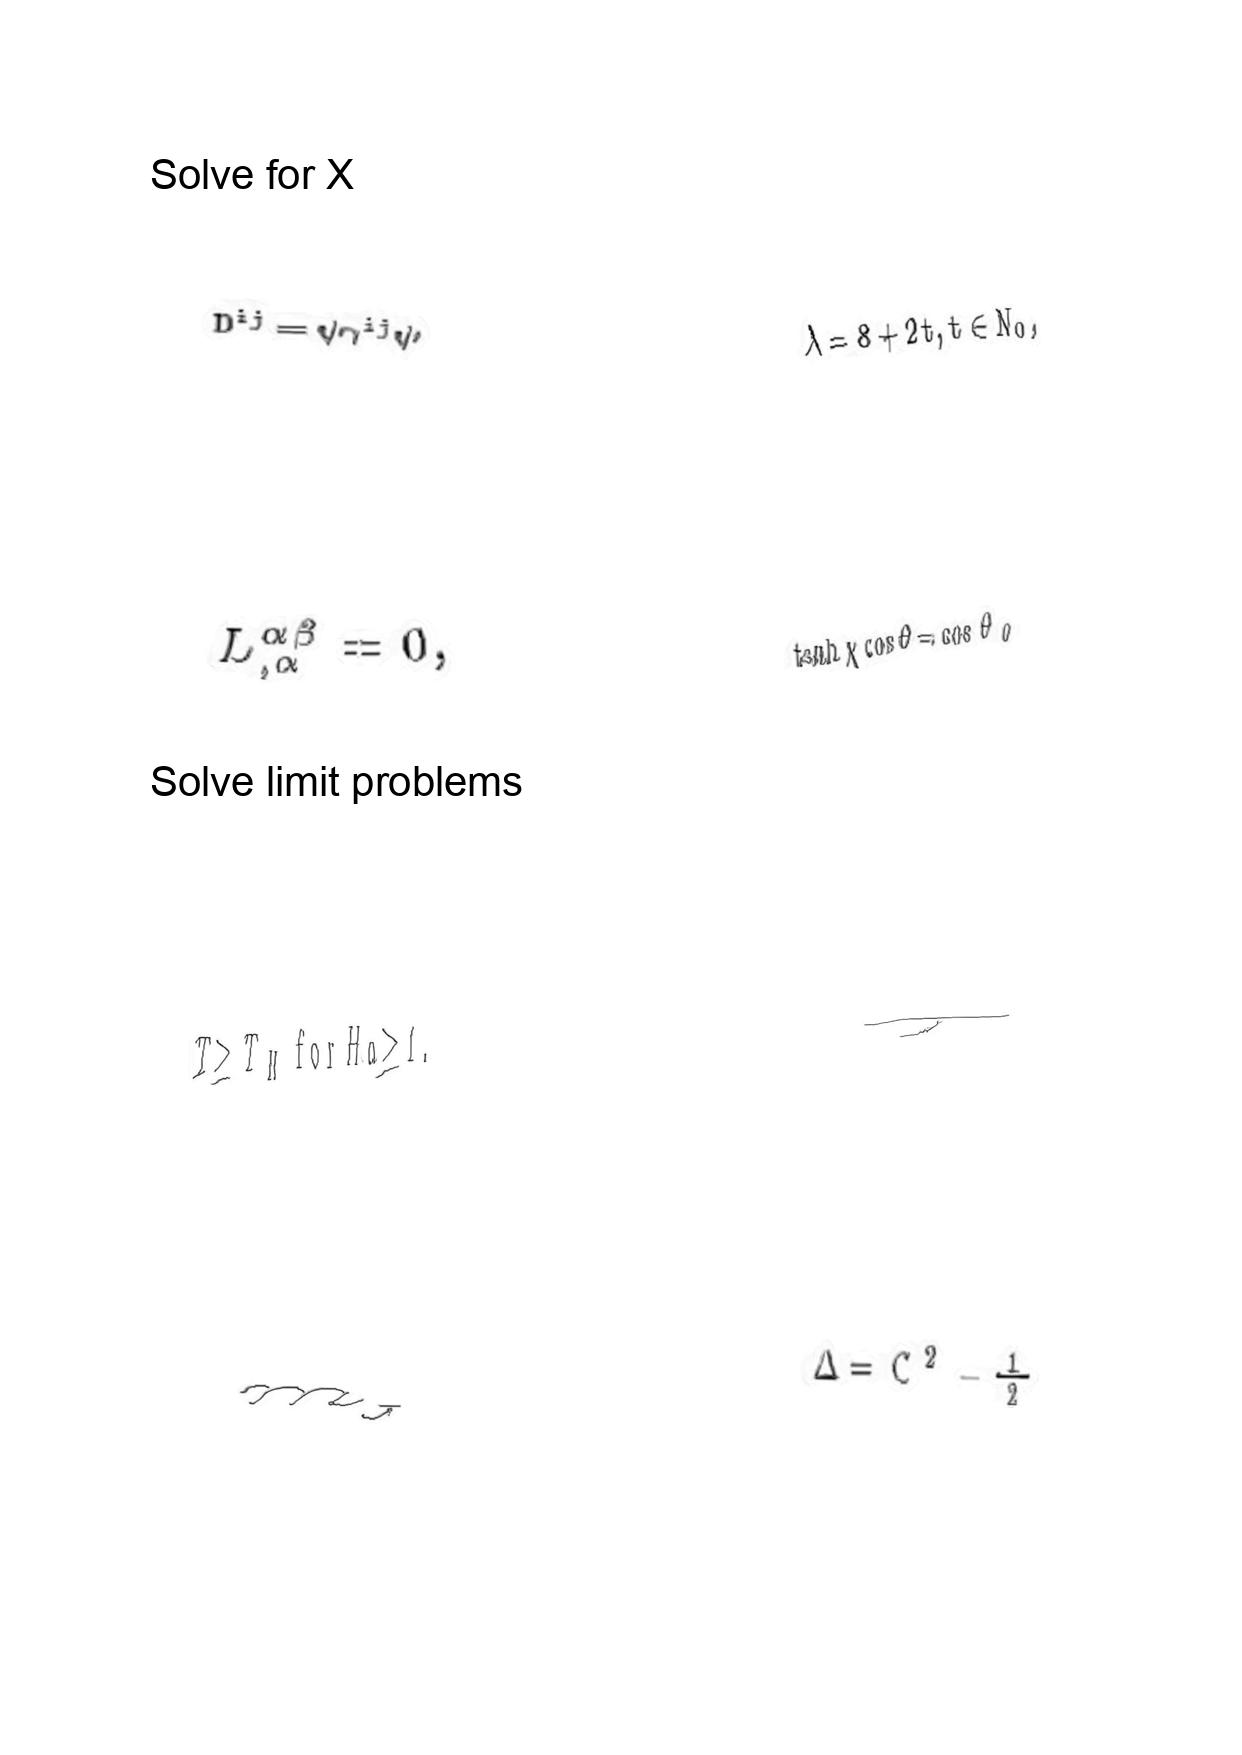
LaTeX transcription:
D ^ { i j } = \psi \gamma ^ { i j } \psi
L ^ { \alpha \beta } _ { , \alpha } = 0 ,
T \geq T _ { H } \mathrm { f o r } H a \geq 1 .
m _ { _ { J } }
\lambda = 8 + 2 t , t \in N _ { 0 } ,
\tanh \chi \cos \theta = \cos \theta _ { 0 }
\tau
\Delta = C ^ { 2 } - \frac { 1 } { 2 }